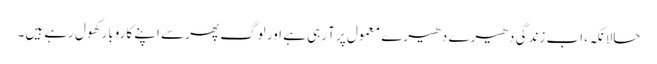
حالانکہ، اب زندگی دھیرے دھیرے معمول پر آ رہی ہے اور لوگ پھر سے اپنے کاروبار کھول رہے ہیں۔